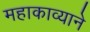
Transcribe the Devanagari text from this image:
महाकाव्याने